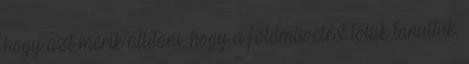
hogy azt merik állítani, hogy a földművelést tőlük tanultuk,